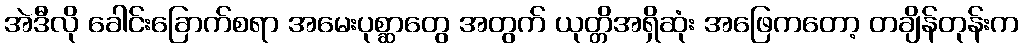
အဲဒီလို ခေါင်းခြောက်စရာ အမေးပုစ္ဆာတွေ အတွက် ယုတ္တိအရှိဆုံး အဖြေကတော့ တချိန်တုန်းက